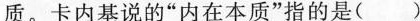
质。卡内基说的”内在本质”指的是()